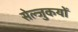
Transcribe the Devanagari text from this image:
सेल्जुकयों